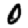
Digit: 0